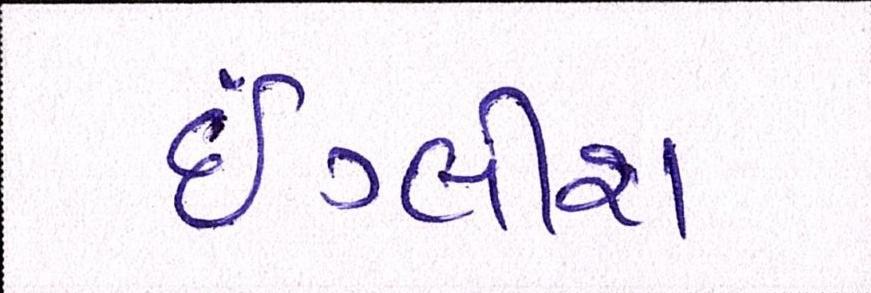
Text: ઇંગ્લીશ